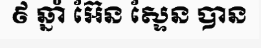
៩ ឆ្នាំ អ៊ែន ស្ទែន បាន